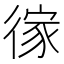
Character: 𢔻